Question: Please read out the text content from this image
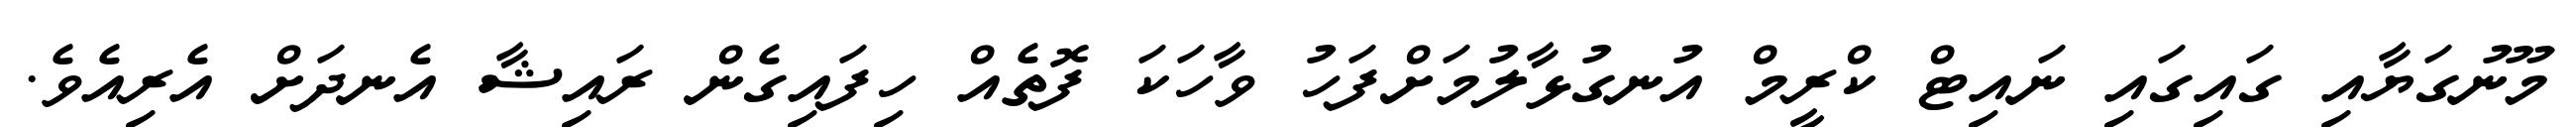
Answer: މޫނުގަޔާއި ގައިގައި ނައިޓް ކްރީމް އުނގުޅާލުމަށްފަހު ވާހަކަ ފޮތެއް ހިފައިގެން ރައިޝާ އެނދަށް އެރިއެވެ.